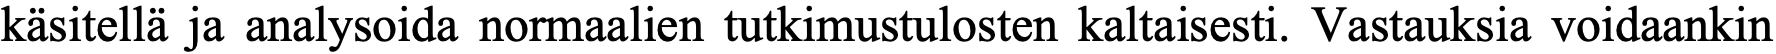
käsitellä ja analysoida normaalien tutkimustulosten kaltaisesti. Vastauksia voidaankin